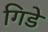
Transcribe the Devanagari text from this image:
गिडे